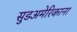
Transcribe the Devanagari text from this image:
सुडअमेरिकाना